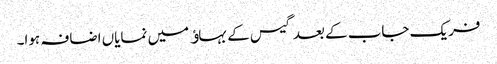
فریک جاب کے بعد گیس کے بہاﺅ میں نمایاں اضافہ ہوا۔